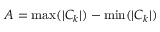
{ A = \operatorname* { m a x } ( | C _ { k } | ) - \operatorname* { m i n } ( | C _ { k } | ) }